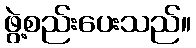
ဖွဲ့စည်းပေးသည်။